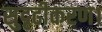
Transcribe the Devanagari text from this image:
सुदृढीकरण।